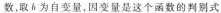
数，取b为自变量，因变量是这个函数的判别式